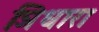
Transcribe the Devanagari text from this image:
ञिधारा